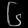
Digit: ၆